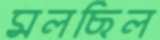
মলছিল